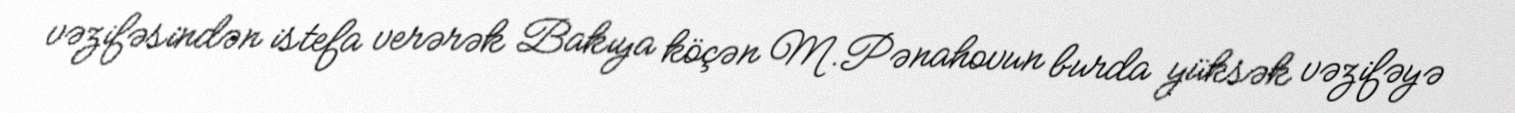
vəzifəsindən istefa verərək Bakıya köçən M.Pənahovun burda yüksək vəzifəyə